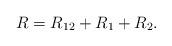
LaTeX: \begin{align*}R=R_{12}+R_1+R_2.\end{align*}